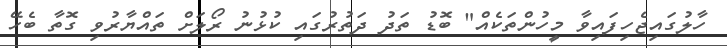
ހާލުގައިޖެހިފައިވާ މީހުންތަކެއް" ބޮޑު ތަދު ދަތުރުގައި ކުޅުނު ރޯލަށް ތައްޔާރުވި ގޮތާ ބެހޭ